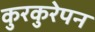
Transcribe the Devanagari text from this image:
कुरकुरेपन